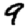
Digit: 9